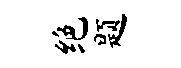
绝题